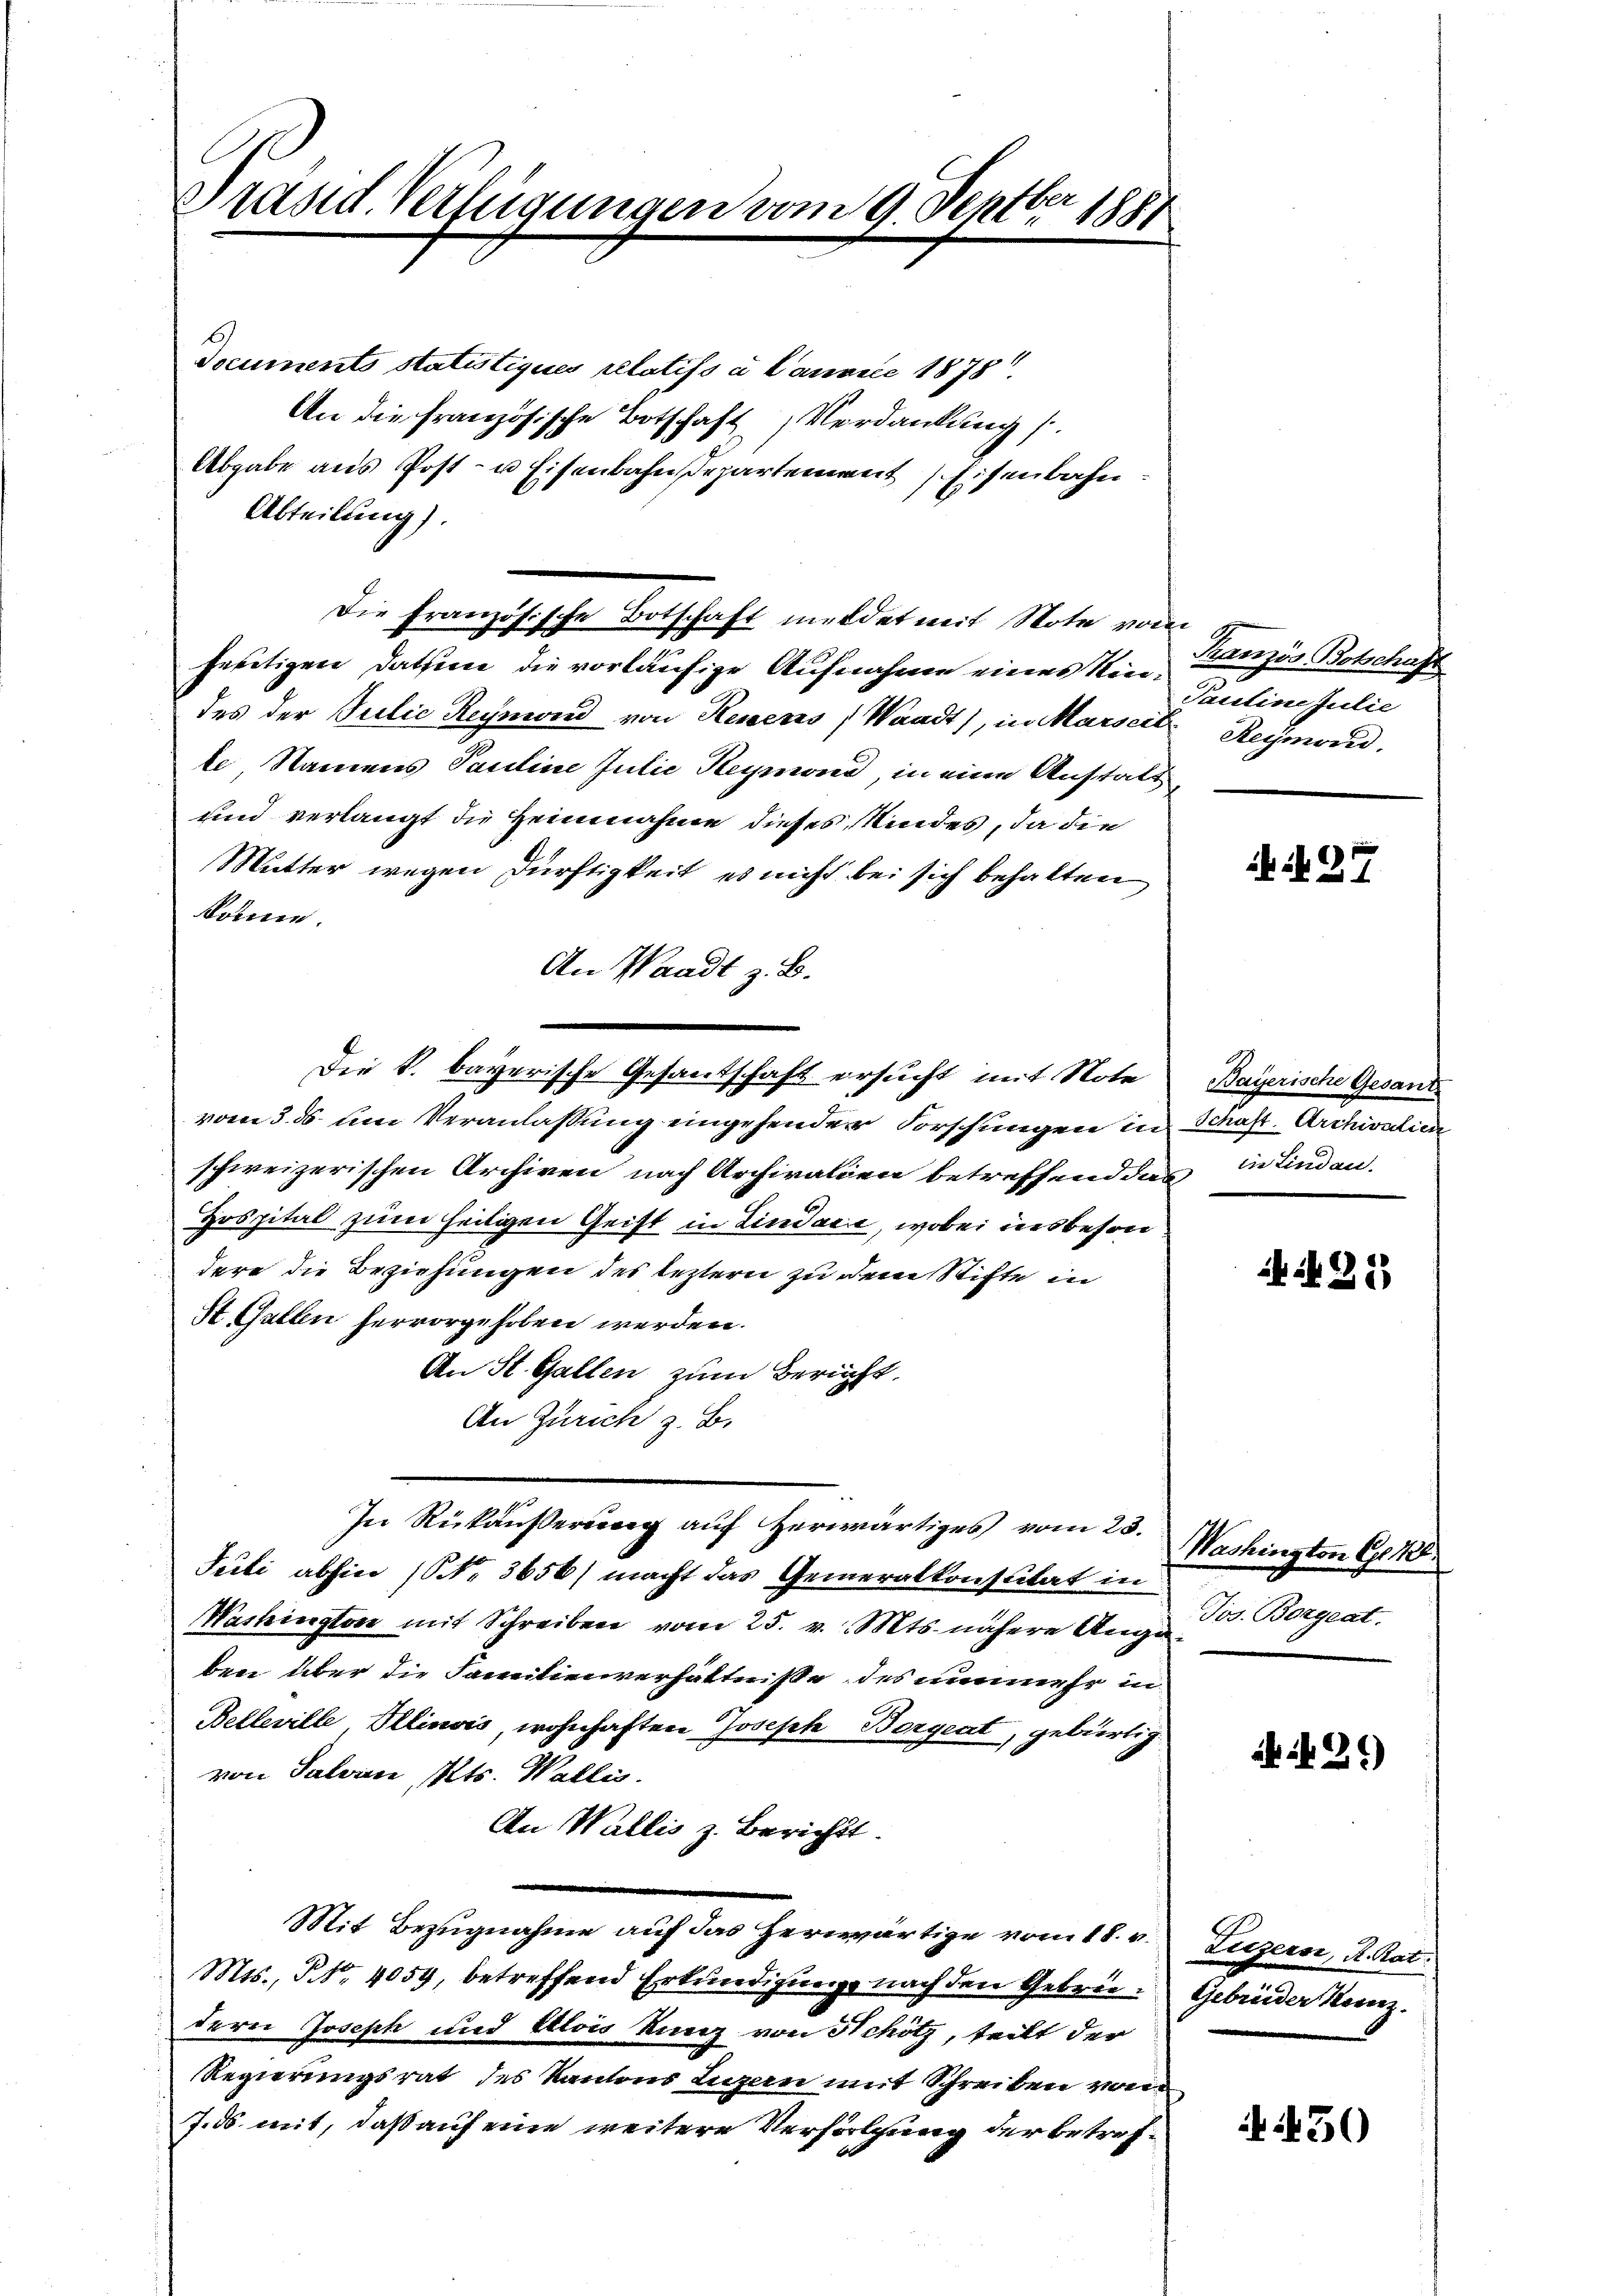
Präsid. Verfügungen vom 9. Septber 1881

Documents statistiques relatiss u. Campile 1878
An die französische Botschaft Verdankung s
Abgabe aus Post- u Eisenbahndepartement Eisenbahn.
Abteilung).
Die Französische Botschaft meldet mit Note vom
feetigen Datum die vorläufige Aufnahme eines Kindes der Pulie Rechneid von Renens, Waadt), in Marseit Reymond.
te, Namens Pauline Julie Reymond, in eine Anstatt
und verlangt die Heimnahme dieses Kindes, da die
Mutter wegen Dürftigkeit, es nicht bei sich behalten
könne.
An Waadt z. B.
Die k. bayerische Gesantschaft ersucht mit Note
vom 3. ds. um Veranlaßung eingehender Forschungen in
schweizerischen Archiven nach Archivalien betreffend das infinden,
Hospital zum heiligen Geist in Lindau, wobei insbeson
dere die Beziehungen des leztern zu dem Stifte in
St. Gallen hervorgehoben werden.
An St. Gallen zum Bericht,
An Zürich z. B.
In Rükäußerung auf Herwärtiges vom 23.
Juli abhin (N. 3656) macht das Generalkonstitat in
Washington mit Schreiben vom 25. v. Mts. nähere Angaben über die Familienverhältnisse des nunmehr in
Belleville, Illinois, wohnhaften Joseph Borgeat, gebürtig
von Taleren, Kts. Wallis.
An Wallis z. Bericht.
Mit Bezugnahme auf das herwärtige vom 18. v.
Mts., NNo. 4059, betreffend Erkundigung nach den Gebrüdern Joseph und Alois Kunz von Schötz, teilt der
Regierungsrat des Kantons Luzern mit Schreiben von
J.ds. mit, daß auf eine weitere Verhölzung der betref¬

Französ Botschaff
Pauline Julie

N. 27

Bayerische Gesant
Schaft. Archivalien

N. 25

Washington G. 28.
Jos. Borgeat.

b. Nr. 2.)

Liezers, R. Rat.
Gebrüder Kainz.

450